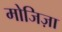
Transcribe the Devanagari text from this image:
मोजिज़ा